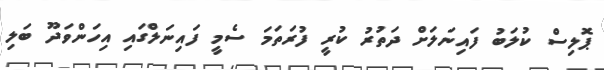
ޕޮލިސް ކުލަބު ފައިނަލަށް ދަތުރު ކުރީ ފުރަތަމަ ސެމީ ފައިނަލްގައި އިހަންވަދޫ ބަލި